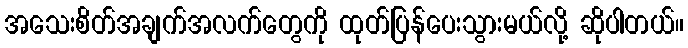
အသေးစိတ်အချက်အလက်တွေကို ထုတ်ပြန်ပေးသွားမယ်လို့ ဆိုပါတယ်။